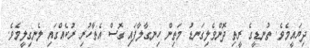
ދިޔައީމެވެ. ތުނޑީގެ ރީތި ދޮންވެލިގަނޑު މަތިން ހިނގާލާފައި ގޮސް އެތާހުރި ރުކެއްގައި ލެނގިލީމެވެ.